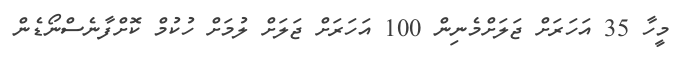
މީހާ 35 އަހަރަށް ޖަލަށްމެނިން 100 އަހަރަށް ޖަލަށް ލުމަށް ހުކުމް ކޮށްފާނެސްނޯޑެން